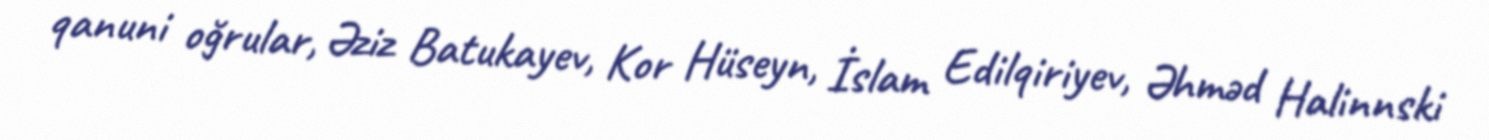
qanuni oğrular, Əziz Batukayev, Kor Hüseyn, İslam Edilqiriyev, Əhməd Halinnski